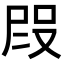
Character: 𭮭